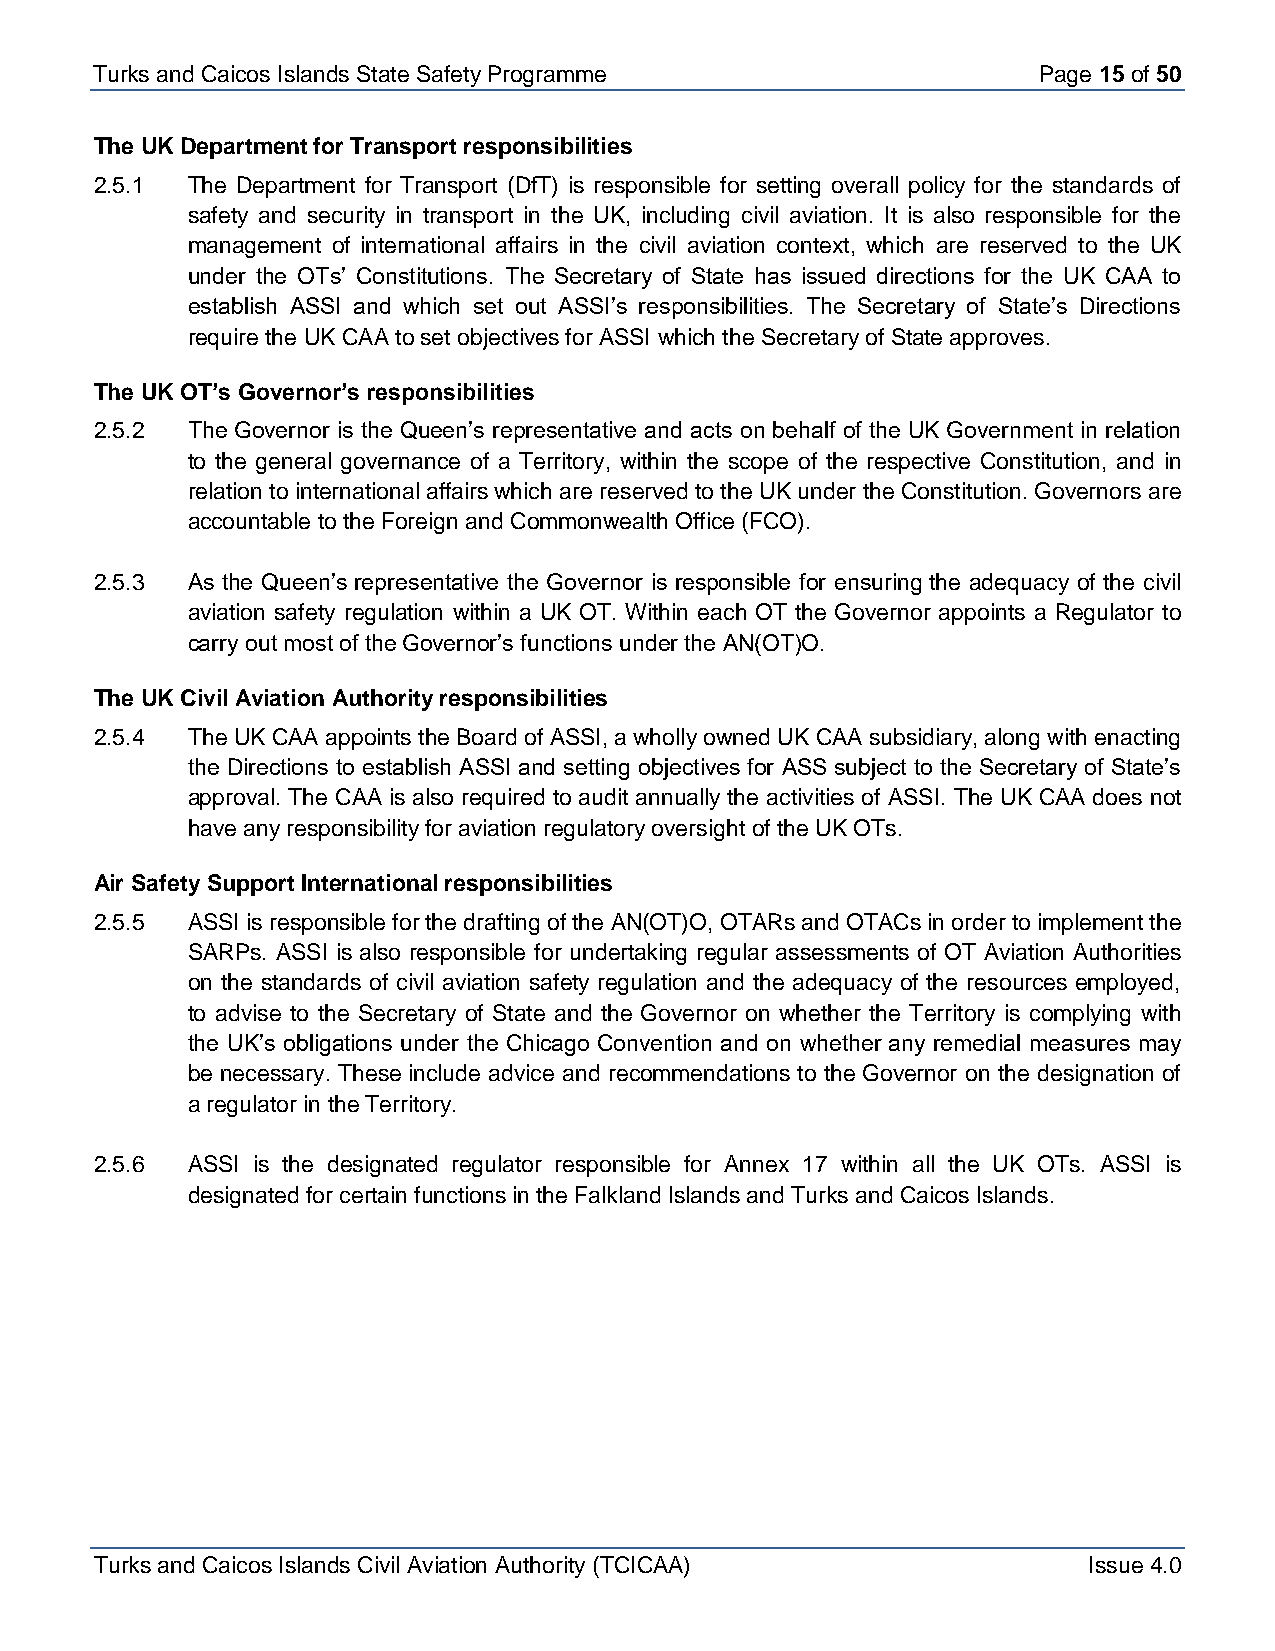
Turks and Caicos Is lands State Safety Programme               Page 15 of 50
 The UK Department for Transport responsibilities
 2.5.1 The Department for Transport (DfT) is responsible for setting overall policy for the standards of
 safety and security in transport in the UK, including civil aviation. It is also responsible for the
 management of international affairs in the civil aviation context, which are reserved to the UK
 under the OTs’ Constitutions. The Secretary of State has issued directions for the UK CAA to
 establish ASSI and which set out ASSI’s responsibilities. The Secretary of State’s Directions
 require the UK CAA to set objectives for ASSI which the Secretary of State approves.
 The UK OT’s Governor’s responsibilities
 2.5.2 The Governor is the Queen’s representative and acts on behalf of the UK Government in relation
 to the general governance of a Territory, within the scope of the respective Constitution, and in
 relation to international affairs which are reserved to the UK under the Constitution. Governors are
 accountable to the Foreign and Commonwealth Office (FCO).
 2.5.3 As the Queen’s representative the Governor is responsible for ensuring the adequacy of the civil
 aviation safety regulation within a UK OT. Within each OT the Governor appoints a Regulator to
 carry out most of the Governor’s functions under the AN(OT)O.
 The UK Civil Aviation Authority responsibilities
 2.5.4 The UK CAA appoints the Board of ASSI, a wholly owned UK CAA subsidiary, along with enacting
 the Directions to establish ASSI and setting objectives for ASS subject to the Secretary of State’s
 approval. The CAA is also required to audit annually the activities of ASSI. The UK CAA does not
 have any responsibility for aviation regulatory oversight of the UK OTs.
 Air Safety Support International responsibilities
 2.5.5 ASSI is responsible for the drafting of the AN(OT)O, OTARs and OTACs in order to implement the
 SARPs. ASSI is also responsible for undertaking regular assessments of OT Aviation Authorities
 on the standards of civil aviation safety regulation and the adequacy of the resources employed,
 to advise to the Secretary of State and the Governor on whether the Territory is complying with
 the UK’s obligations under the Chicago Convention and on whether any remedial measures may
 be necessary. These include advice and recommendations to the Governor on the designation of
 a regulator in the Territory.
 2.5.6 ASSI is the designated regulator responsible for Annex 17 within all the UK OTs. ASSI is
 designated for certain functions in the Falkland Islands and Turks and Caicos Islands.
 Turks and Caicos Islands Civil Aviation Authority (TCICAA)        Issue 4.0